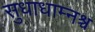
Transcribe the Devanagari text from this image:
सुधाधाम्नश्च